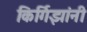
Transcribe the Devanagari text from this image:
किर्गिझांनी